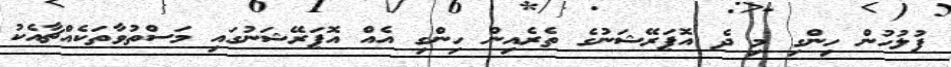
ފުލުހުން ހިންގި މި ދެ އޮޕަރޭޝަނުގެ ތެރެއިން ހިންގި އެއް އޮޕަރޭޝަނުގައި މަސްތުވާތަކެއްޗާއެކު